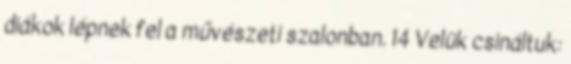
diákok lépnek fel a művészeti szalonban. 14 Velük csináltuk: